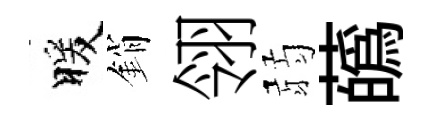
暖銷翎弱蘤